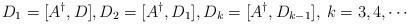
LaTeX: \begin{align*}D_1=[A^{\dagger}, D],D_2=[A^{\dagger}, D_1], D_k=[A^{\dagger}, D_{k-1}], \: k=3,4,\cdots\end{align*}